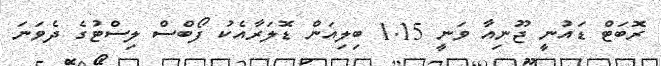
ރޮބަޓް ޑައުނީ ޖޫނިއާ ވަނީ 1.15 ބިލިއަން ޑޮލަރާއެކު ފޯބްސް ލިސްޓުގެ ދެވަނަ